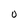
Character: O